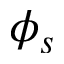
\phi _ { s }